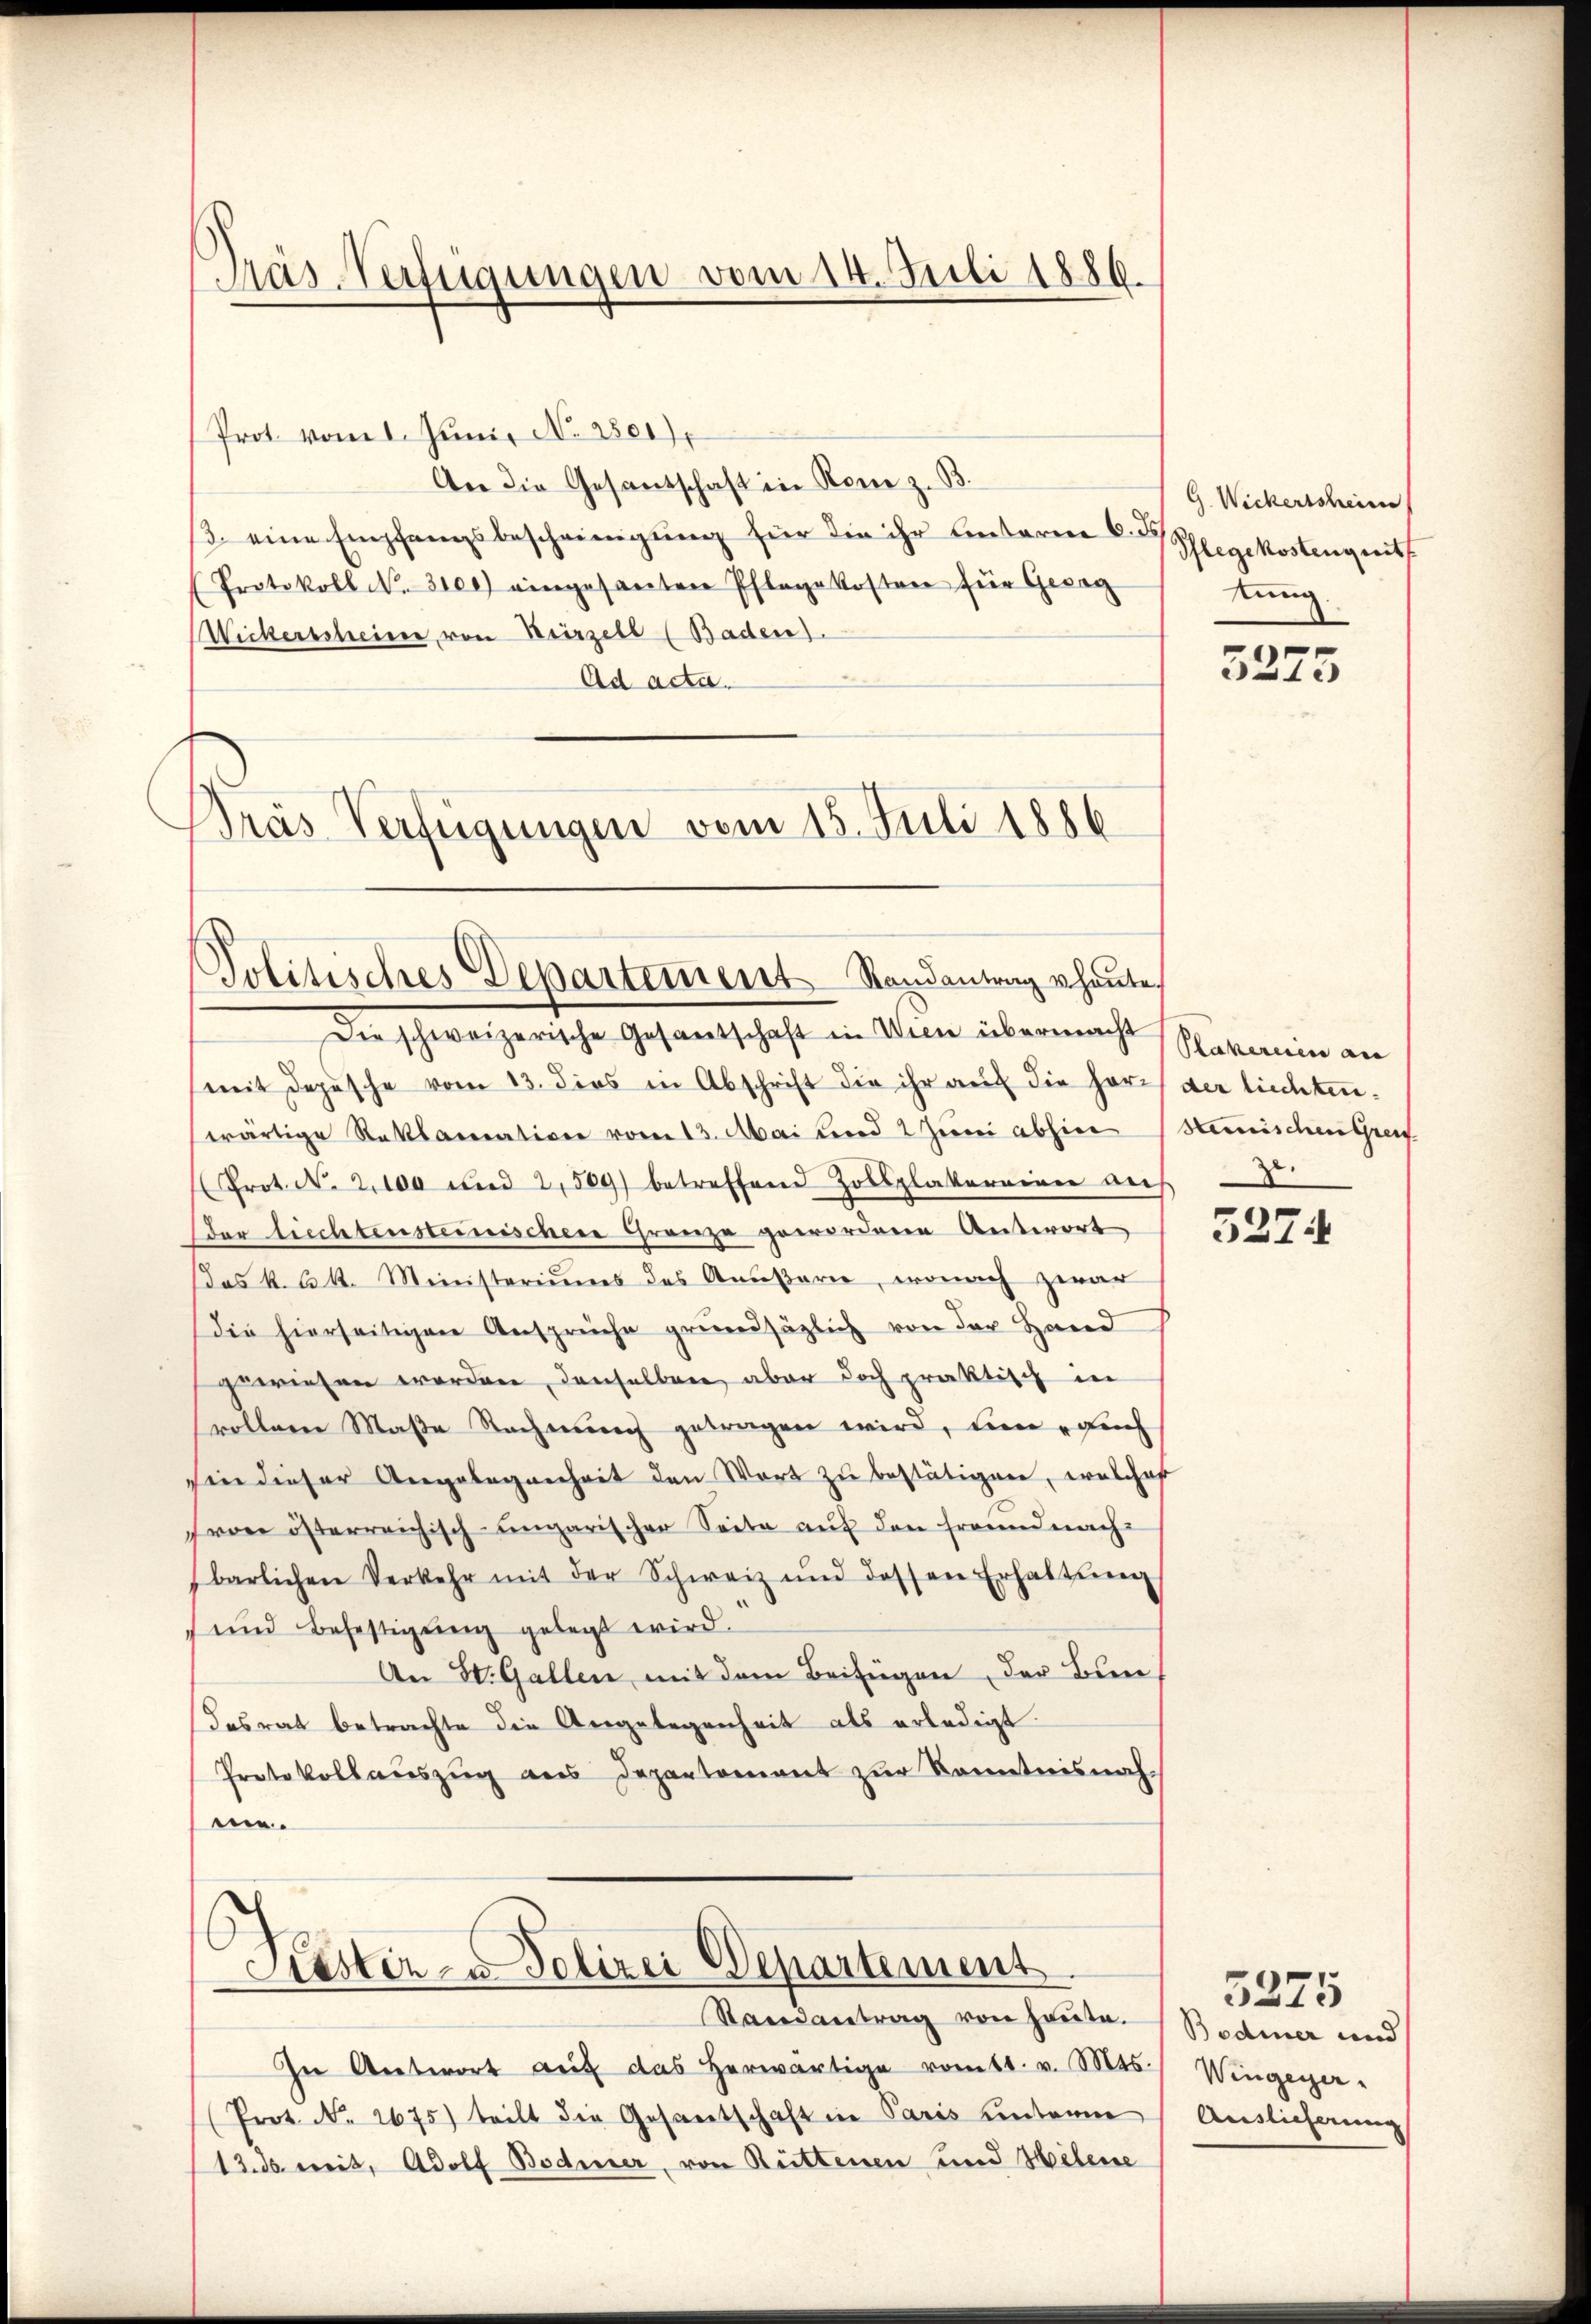
Pras-Verfügungen vom 14. Juli 1886.

Prot vom 1. Juni, No. 2801).
An die Gesandschaft in Rone z. B.
3. eine Empfangsbescheinigung für die ihr Unterm 6. ds
(Protokoll N. 3100) eingesanten Pflegekosten für Gesag
Wickerscheiner von Hirzell (Baden).
Ad acta.
Brás Verfügungen vom 15. Juli 1886

Politisches Departement Randantrag heute.

Liester- u Polizei Departement

Randantrag von heute.
In Antwort auf das herwärtige romtt. v. Mts.
(Prot. No. 2675) teilt die Gesamtschaft in Paris unterm
12. ds. weit, Adolf Bodmer, von Rüttenen und Helene

Die schweizerische Gesantschaft in Wien übermacht Paramin an
mit Depesche vom 13. dies in Abschrift die ihr auf die Herz der liechtenwärtige Reklamation vom 13. Mai und 2 Juni abhin (Hemischen Greif
rot. N. 2100 und 2, 509) betreffend Zollplattereinen aŭf
Der liechtensteinischen Granze gewordene Antwort
Das k. k. Ministeriums des Anŭβarn, wonach zwar
die hierseitigen Ansprüche grundsätzlich von der Hand
gewiesen worden, denselben aber doch praktisch in
rollene Maße Rechnung getragen wird, ein auch
sie dieser Angelegenheit den Wort zu bestätigen, welcher
von österreichisch-ungarischer Seite auf den Freundnachbarlichen Verkehr mit der Schweiz und dessen Erhaltŭng
 und Befestigung gelegt wird.
An St. Gallen mit dem Beifügen, der Bun
desrat betrachte die Angelegenheit als erledigt
Protokollauszug aus Departement zur Kenntnisnahme.

G. Wickerssheim
Pflegekosten quitt
tung

3273

5274

Bodmer und
Wingeger.
Auslieferung

3275